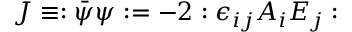
J \equiv : \bar { \psi } \psi : = - 2 : \epsilon _ { i j } A _ { i } E _ { j } :